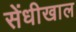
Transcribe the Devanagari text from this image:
सेंधीखाल